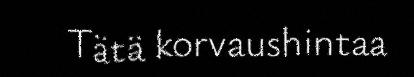
Tätä korvaushintaa